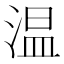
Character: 温